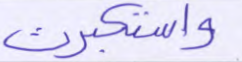
واستكبرت